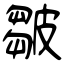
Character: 皺